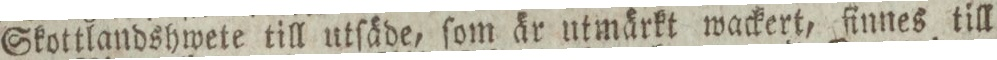
Skottlandshwete till utſäde, ſom är utmärkt wackert, finnes till